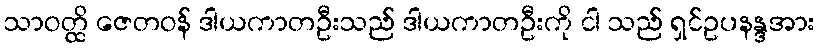
သာဝတ္ထိ ဇေတဝန် ဒါယကာတဦးသည် ဒါယကာတဦးကို ငါ သည် ရှင်ဥပနန္ဒအား